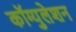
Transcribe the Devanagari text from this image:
कॉग्युलेशन